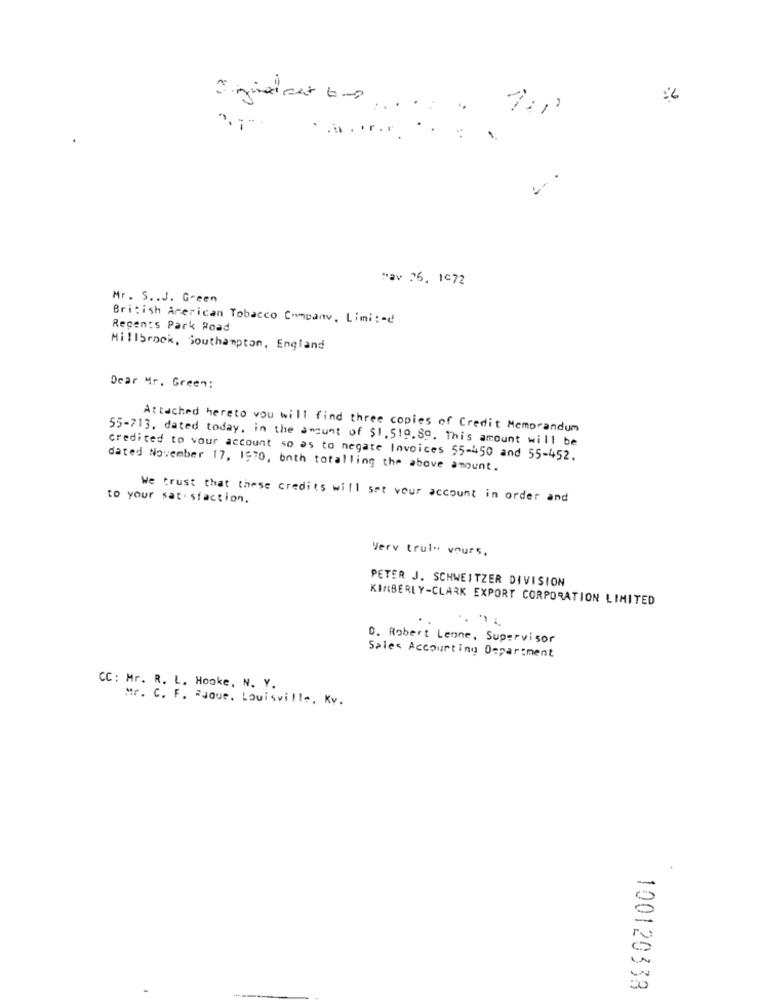
...
.........
Pav 26, 1972
Mr. S .. J. Green
British American Tobacco Companv, Limi :- d
Regents Park Road
Millbrook, Southampton, England
Dear Mr. Green:
Attached hereto you will find three copies of Credit Memorandum
55-713, dated today, in the amount of $1, 519.89. This amount will be
credited to your account so as to negate Invoices 55-450 and 55-452.
dated November 17, 1570, both totalling the above amount.
to your satisfaction.
We trust that these credits will set vour account in order and
Verv truly yours,
PETER J. SCHWEITZER DIVISION
KIMBERLY-CLARK EXPORT CORPORATION LIMITED
0. Robert Lenne, Supervisor
Sales Accounting Department
CC: Mr. R. L. Hooke, N. Y.
Mr. C. F. #Joue. Louisville, Kv.
100120333